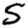
Digit: 5